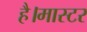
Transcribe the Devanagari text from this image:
है।मास्‍टर